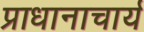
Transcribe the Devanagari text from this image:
प्राधानाचार्य